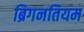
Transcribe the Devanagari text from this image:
ब्रिगनतियम